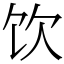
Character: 饮